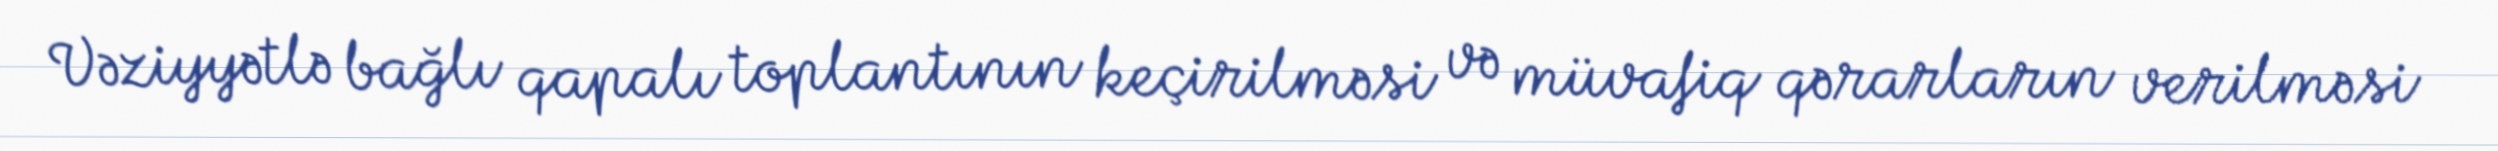
Vəziyyətlə bağlı qapalı toplantının keçirilməsi və müvafiq qərarların verilməsi